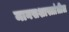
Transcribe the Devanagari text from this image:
मानसशास्त्रांतील